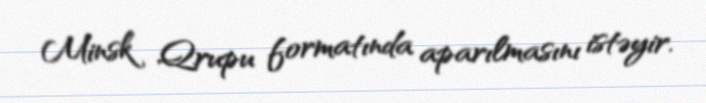
Minsk Qrupu formatında aparılmasını istəyir.